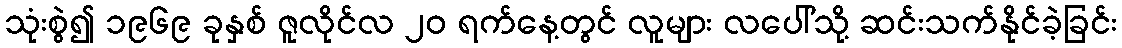
သုံးစွဲ၍ ၁၉၆၉ ခုနှစ် ဇူလိုင်လ ၂၀ ရက်နေ့တွင် လူများ လပေါ်သို့ ဆင်းသက်နိုင်ခဲ့ခြင်း